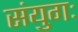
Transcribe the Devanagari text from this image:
संयुगः